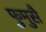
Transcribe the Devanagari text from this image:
फुमुसै